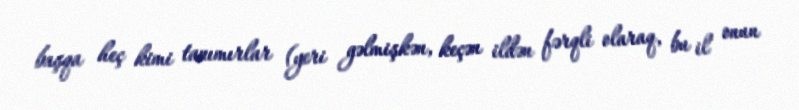
başqa heç kimi tanımırlar (yeri gəlmişkən, keçən ildən fərqli olaraq, bu il onun